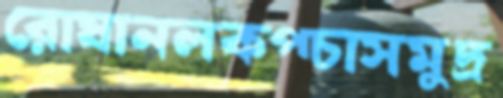
রোষানলকপ্‌চাসমুদ্র